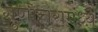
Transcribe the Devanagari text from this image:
गुणोत्तरामध्ये